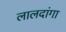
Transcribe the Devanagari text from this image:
लालदांगा